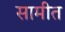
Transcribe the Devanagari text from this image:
सामीत